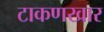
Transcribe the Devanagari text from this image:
टाकणखार